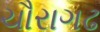
ચૌરાગઢ